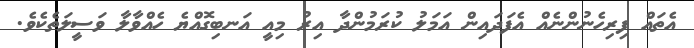
އެތައް ފިރިހެނުންނެއް އެފަދައިން އަމަލު ކުރަމުންދާ އިރު މިއީ އަނބިގޮއްޔެ ހެއްވާލާ ވަސީލަތެކެވެ.